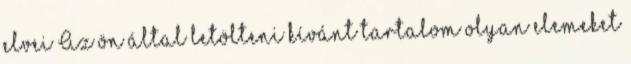
elvei Az ön által letölteni kívánt tartalom olyan elemeket